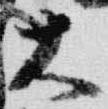
大